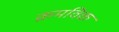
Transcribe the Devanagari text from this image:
क्रमविक